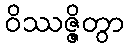
ဝိဿဇ္ဇိတွာ